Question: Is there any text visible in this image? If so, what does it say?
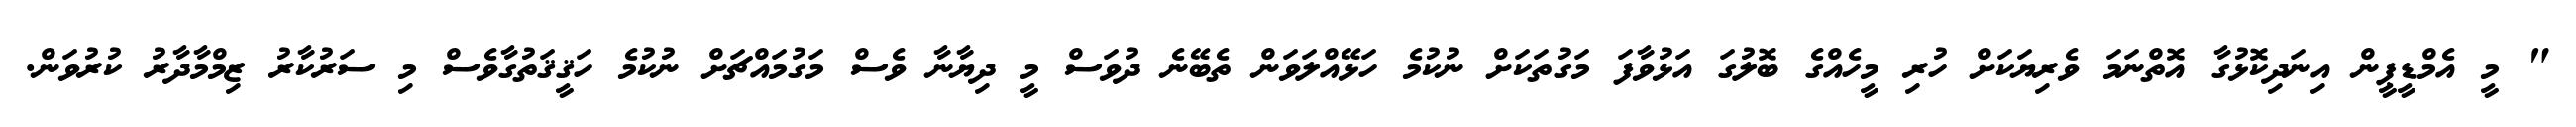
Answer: " މީ އެމްޑީޕީން އިނަދިކޮޅުގާ އޮތްނަމަ ވެރިޔަކަށް ހުރި މީހެއްގެ ބޮލުގަ އަޅުވާފަ މަގުތަކަށް ނުކުމެ ހަޅޭއްލަވަން ތެބޭނެ ދުވަސް މީ ދިޔާނާ ވެސް މަގުމައްޗަށް ނުކުމެ ހަޤީޤަތުގާވެސް މި ސަރުކާރު ޒިމްމާދާރު ކުރުވަން.